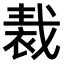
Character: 𧚝